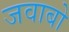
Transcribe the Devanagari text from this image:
जवाबो